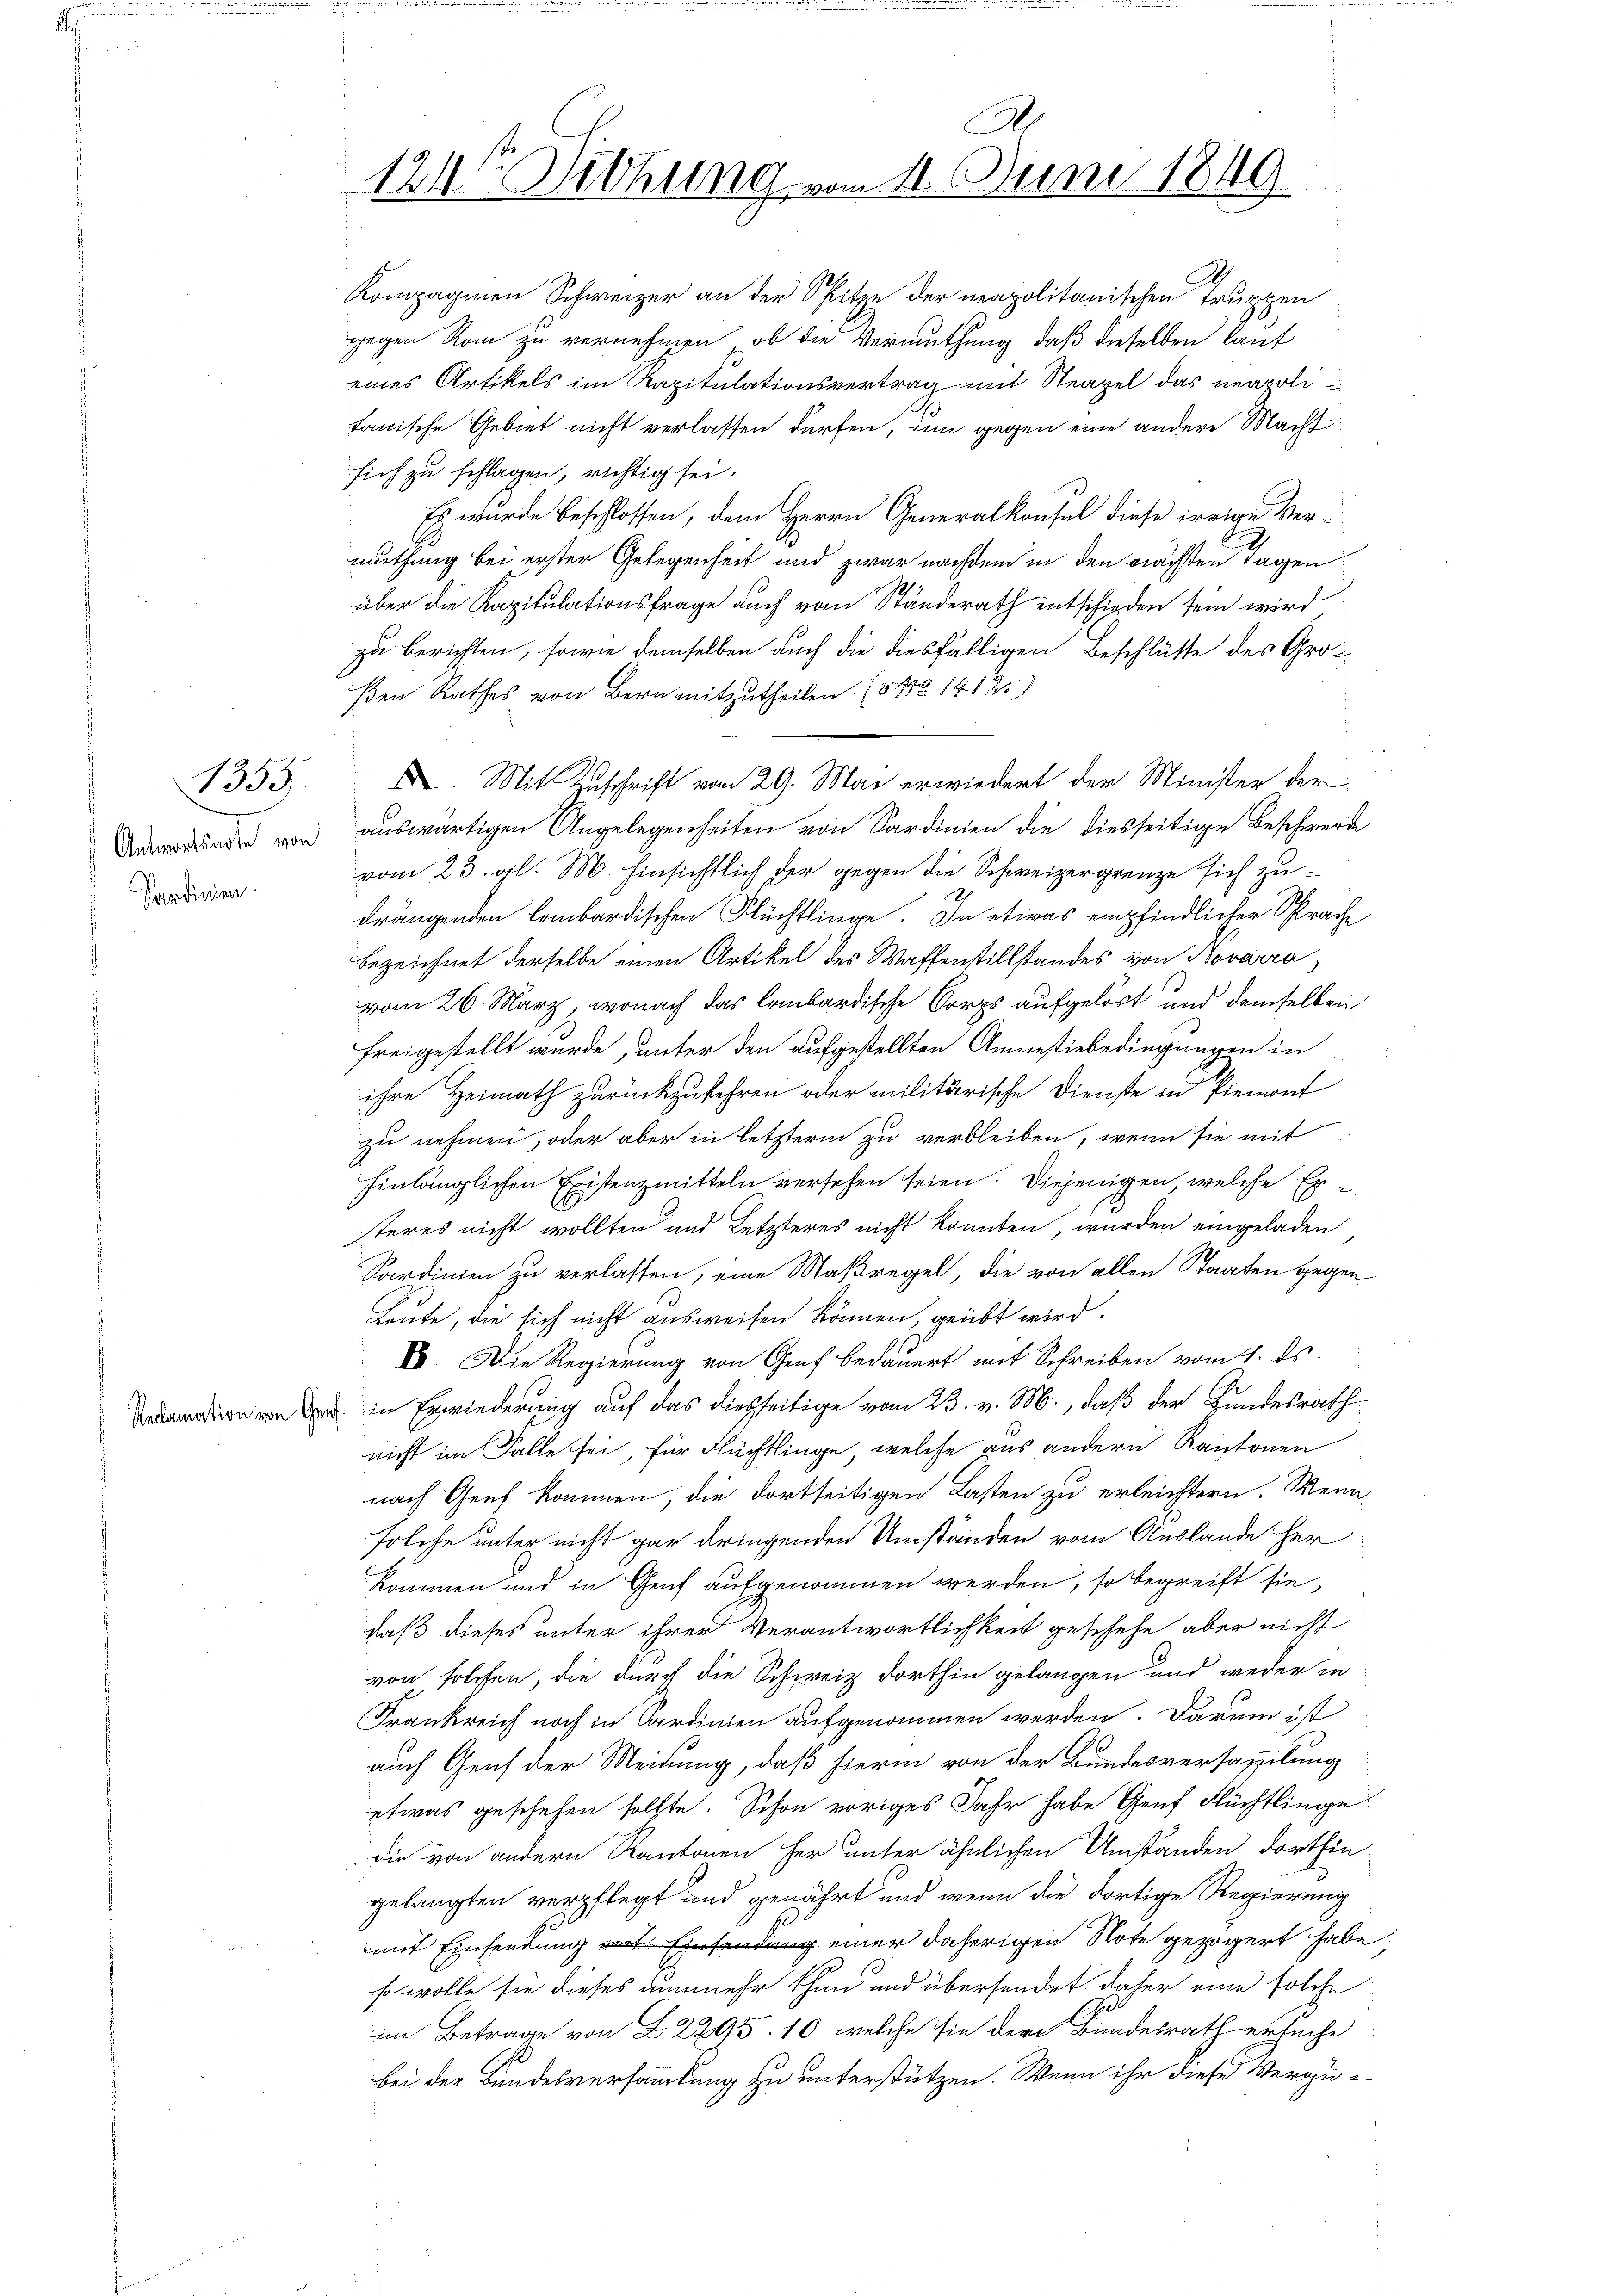
1359.

Antwortsnote von
Sardinien.

A
12/Withung vom 11. Juni 1849

Kompagnien Schweizer an der Spitze der neapolitanischen Truppen
gegen Rom zu vernehmen, ob die Vermuthung, daß dieselben lauf
eines Artikels im Kapitulationsvertrag mit Neapel das neapolitanische Gebiet nicht verlassen dürfen, in gegen eine andere Macht
sich zu schlagen, richtig sei.
Es wurde beschlossen, dem Herrn Generalkonsul diese irrige Ver-
muthung bei erster Gelegenheit und zwar nachdem in den nächsten Tagen
über die Kapitulationsfrage auch vom Ständerath entschieden sein wird
zu berichten, sowie demselben auch die diesfälligen Beschlüsse des Grö-
ßen Rathes von Bern mitzutheilen. (541. 1412.)
auswärtigen Angelegenheiten von Sardinien die diesseitige Beschwerde
vom 23. gl. M. hinsichtlich der gegen die Schweizergrenze sich zudrängenden lombardischen Flüchtlinge. In etwas empfindlicher Sprache
bezeichnet derselbe einen Artikel des Waffenstillstandes von Novarra,
vom 26. März, wonach das lombardische Corps aufgelöst und demselben
freigestellt wurde, unter den aufgestellten Anmesiebedingungen in
ihre Heimath zurückzukehren oder militärische Dienste in Piemont
zu nehmen, oder aber in letzterm zu verbleiben, wenn sie mit
hinlänglichen Existenzmitteln versehen seien. Diejenigen, welche Exteres nicht wollten und Letzteres nicht konnten, wurden eingeladen
Sardinien zu verlassen, eine Maßregel, die von allen Staaten gegen
Leute, die sich nicht ausweisen können, geübt wird.
E. Die Regierung von Genf bedauert mit Schreiben vom 1. ds.
i von in Erwiederung auf das diesseitige vom 23. v. M., daß der Hundesrath
nicht im Falle sei, für Flüchtlinge, welche aus andern Kantonen
nach Genf kommen, die dortseitigen Lasten zu erleichtern. Wenn
solche unter nicht gar dringenden Umständen vom Auslande her
kommen und in Genf aufgenommen werden, so begreift sie,
daß dieses unter ihrer Verantwortlichkeit geschehe aber nicht
von solchen, die durch die Schweiz dorthin gelangen und weder in
Frankreich noch in Ordinien aufgenommen werden. Darum ist
auch Genf der Meinung, daß hierin von der Bundesversammlung
etwas geschehen sollte. Schon voriges Jahr habe Genf Flüchtlinge
die von andern Kantonen her unter ähnlichen Umständen dorthin
gelangten verpflegt und genährt und wenn die dortige Regierung
mit Einsendung in einer daherigen Note gezögert habe;
so wolle sie dieses nunmehr thun und übersendet daher eine solche
im Betrage von 22295. 10, welche sie der Bundesrath ersuche
bei der Bundesversammlung zu unterstützen. Wenn ihr diese Vergü¬

I. Mit Zuschrift vom 29. Mai erwiedert der Minister der